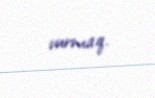
vurmaq.